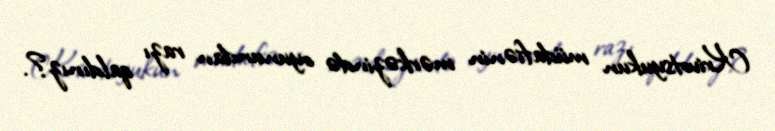
Krivotsyukun müdafiənin mərkəzində oyunundan razı qaldınız?.